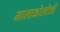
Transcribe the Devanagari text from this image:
मालाकोलोजी